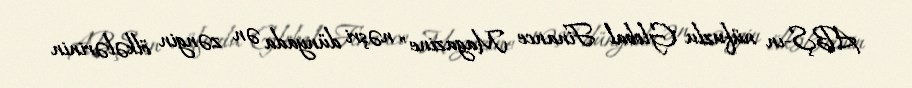
ABŞ-ın nüfuzlu "Global Finance Magazine" nəşri dünyada ən zəngin ölkələrinin